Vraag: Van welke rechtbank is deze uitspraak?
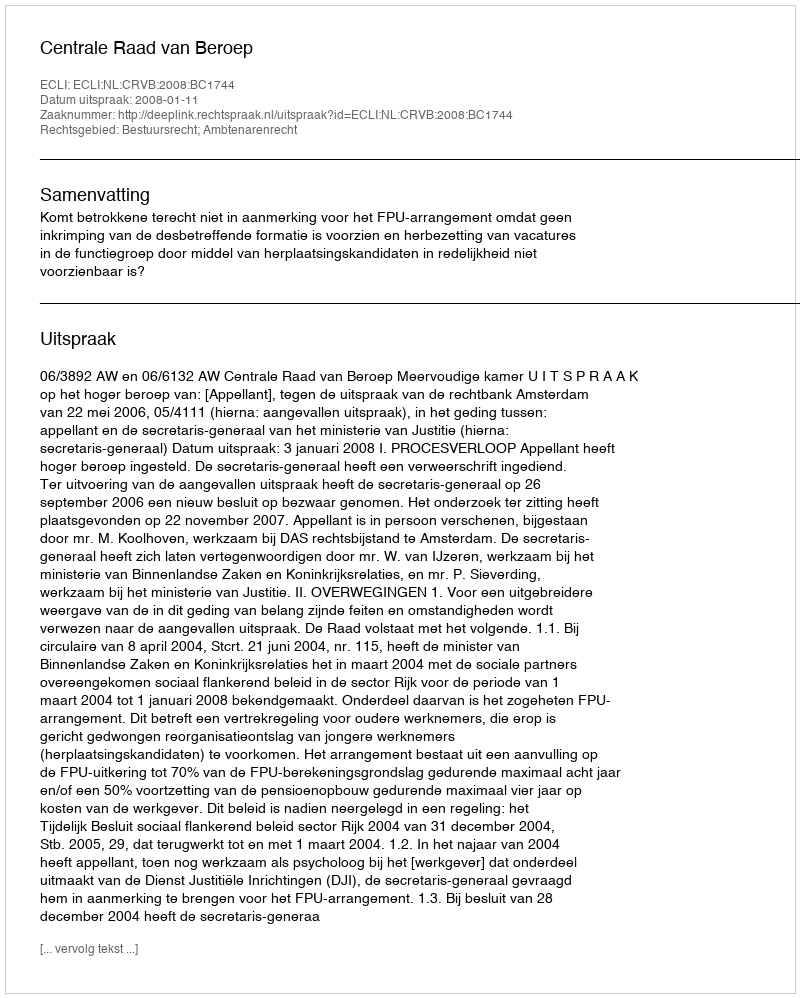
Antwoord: Centrale Raad van Beroep